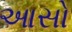
આસો